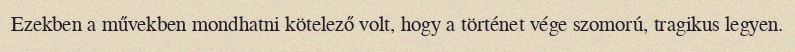
Ezekben a művekben mondhatni kötelező volt, hogy a történet vége szomorú, tragikus legyen.